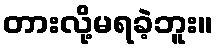
တားလို့မရခဲ့ဘူး။